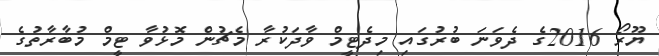
ޔޫރޯ 2016ގެ ދެވަނަ ބުރުގައި މިދެޓީމް ވާދަކުރާ މެޗުން މޮޅުވާ ޓީމް މުބާރާތުގެ